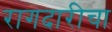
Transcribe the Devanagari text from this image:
रागदारीचा